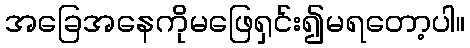
အခြေအနေကိုမဖြေရှင်း၍မရတော့ပါ။